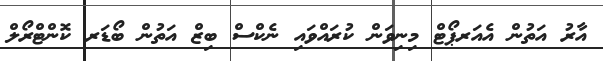
އާރު އަތުން އެއަރޕޯޓް މިނިވަން ކުރައްވައި ނެކްސް ބިޒް އަތުން ބޯޑަރ ކޮންޓްރޯލް